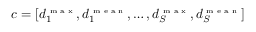
c = [ d _ { 1 } ^ { \textrm { \tiny m a x } } , d _ { 1 } ^ { \textrm { \tiny m e a n } } , \ldots , d _ { S } ^ { \textrm { \tiny m a x } } , d _ { S } ^ { \textrm { \tiny m e a n } } ]